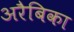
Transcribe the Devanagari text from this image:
अरैबिका